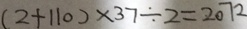
( 2 + 1 1 0 ) \times 3 7 \div 2 = 2 0 7 2